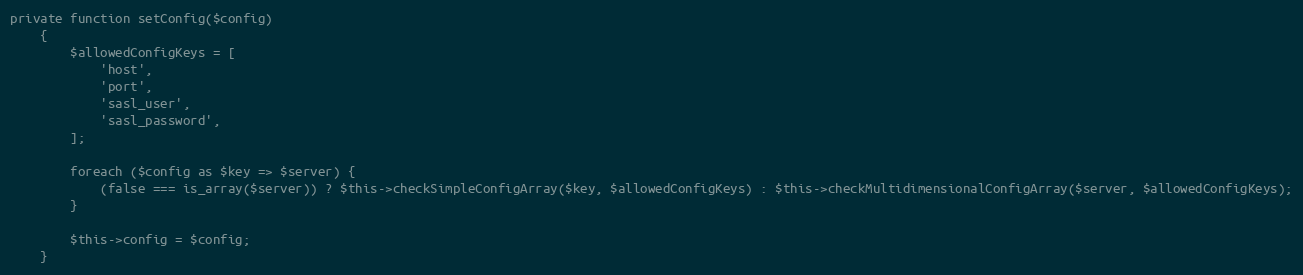
Language: PHP
private function setConfig($config)
    {
        $allowedConfigKeys = [
            'host',
            'port',
            'sasl_user',
            'sasl_password',
        ];

        foreach ($config as $key => $server) {
            (false === is_array($server)) ? $this->checkSimpleConfigArray($key, $allowedConfigKeys) : $this->checkMultidimensionalConfigArray($server, $allowedConfigKeys);
        }

        $this->config = $config;
    }